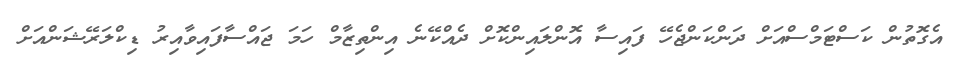
އެގޮތުން ކަސްޓަމްސްއަށް ދަންކަންޖެހޭ ފައިސާ އޮންލައިންކޮށް ދެއްކޭނެ އިންތިޒާމް ހަމަ ޖައްސާފައިވާއިރު ޑިކްލަރޭޝަންއަށް